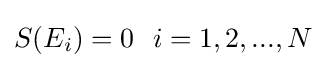
S(E_{i})=0\ \ i=1,2,...,N